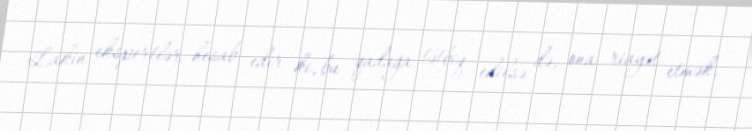
Lakin ekspertlər hesab edir ki, bu qadağa tətbiq edilsə də, ona riayət etmək,